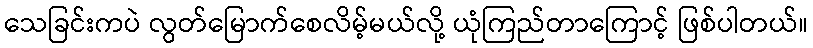
သေခြင်းကပဲ လွတ်မြောက်စေလိမ့်မယ်လို့ ယုံကြည်တာကြောင့် ဖြစ်ပါတယ်။